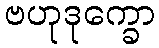
ဗဟုဒုက္ခော